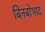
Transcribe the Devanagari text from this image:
बिनबोभाट